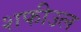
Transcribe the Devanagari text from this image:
शफीउल